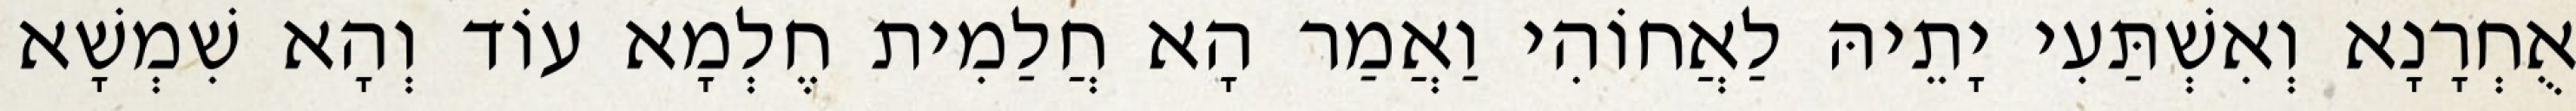
אֻחְרָנָא וְאִשְׁתַּעִי יָתֵיהּ לַאֲחוֹהִי וַאֲמַר הָא חֲלַמִית חֶלְמָא עוֹד וְהָא שִׁמְשָׁא